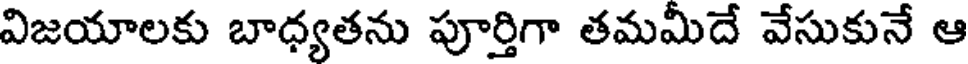
విజయాలకు బాధ్యతను పూర్తిగా తమమీదే వేసుకునే ఆ